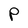
Character: P